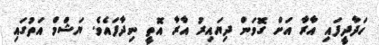
ހަދާދީފައި އާރާ އަށް ގޮވަން ދިޔައިރު އާރާ އޮތީ ނިދާފައެވެ. ޔަޝްމް އަތުގައި